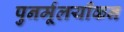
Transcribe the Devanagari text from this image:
पुनर्मूलयाँकन